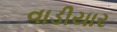
વાડીયાર